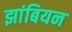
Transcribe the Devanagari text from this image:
झांबियन